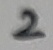
Text: 2